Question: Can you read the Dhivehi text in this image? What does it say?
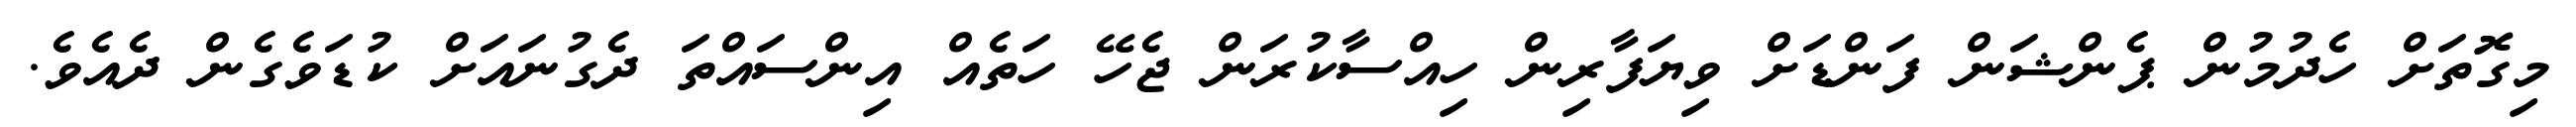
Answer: މިގޮތަށް ހެދުމުން ޕެންޝަން ފަންޑަށް ވިޔަފާރިން ހިއްސާކުރަން ޖެހޭ ހަތެއް އިންސައްތަ ދެގުނައަށް ކުޑަވެގެން ދެއެވެ.